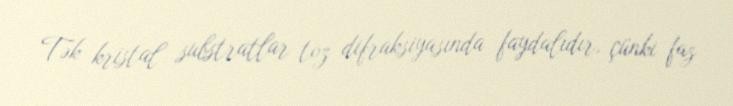
Tək kristal substratlar toz difraksiyasında faydalıdır, çünki faz